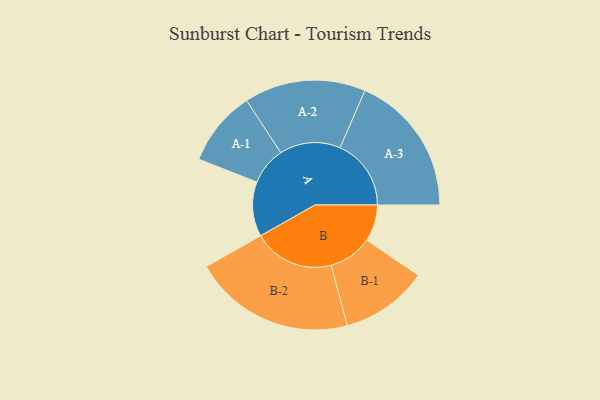
{"axis": {"x": "Segment", "y": "Value"}, "legend": ["", "A", "B"], "data": [{"x": "A", "y": 185, "type": ""}, {"x": "B", "y": 124, "type": ""}, {"x": "A-1", "y": 128, "type": "A"}, {"x": "A-2", "y": 206, "type": "A"}, {"x": "A-3", "y": 241, "type": "A"}, {"x": "B-1", "y": 148, "type": "B"}, {"x": "B-2", "y": 274, "type": "B"}]}